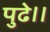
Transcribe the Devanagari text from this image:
पुढे।।